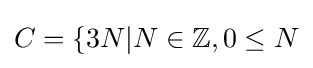
C=\{3N|N\in \mathbb {Z} ,0\leq N